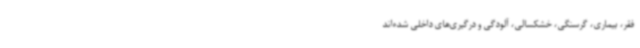
فقر، ‌بیماری، ‌گرسنگی، خشکسالی،‌ آلودگی و درگیری‌های داخلی شده‌اند